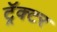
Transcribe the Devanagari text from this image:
ट्रॅक्‍टर